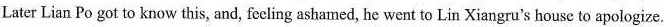
Later Lian Po got to know this, and, feeling ashamed, he went to Lin Xiangru's house to apologize.